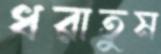
ধরাতুম